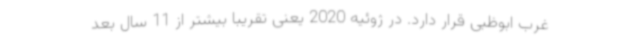
غرب ابوظبی قرار دارد. در ژوئیه 2020 یعنی تقریبا بیشتر از 11 سال بعد